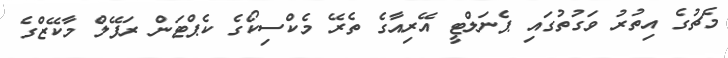
މެޗުގެ އިތުރު ވަގުތުގައި ޕެނަލްޓީ އޭރިއާގެ ތެރޭ މެކްސިކޯގެ ކެޕްޓަން ރަފޭލް މާކޭޒްގެ